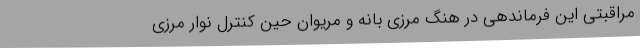
مراقبتی این فرماندهی در هنگ مرزی بانه و مریوان حین کنترل نوار مرزی